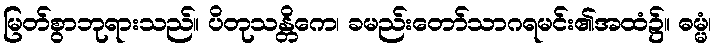
မြတ်စွာဘုရားသည်။ ပိတုသန္တိကေ၊ ခမည်းတော်သာဂရမင်း၏အထံ၌။ ဓမ္မံ၊